Leaving Certificate Examination, 1913
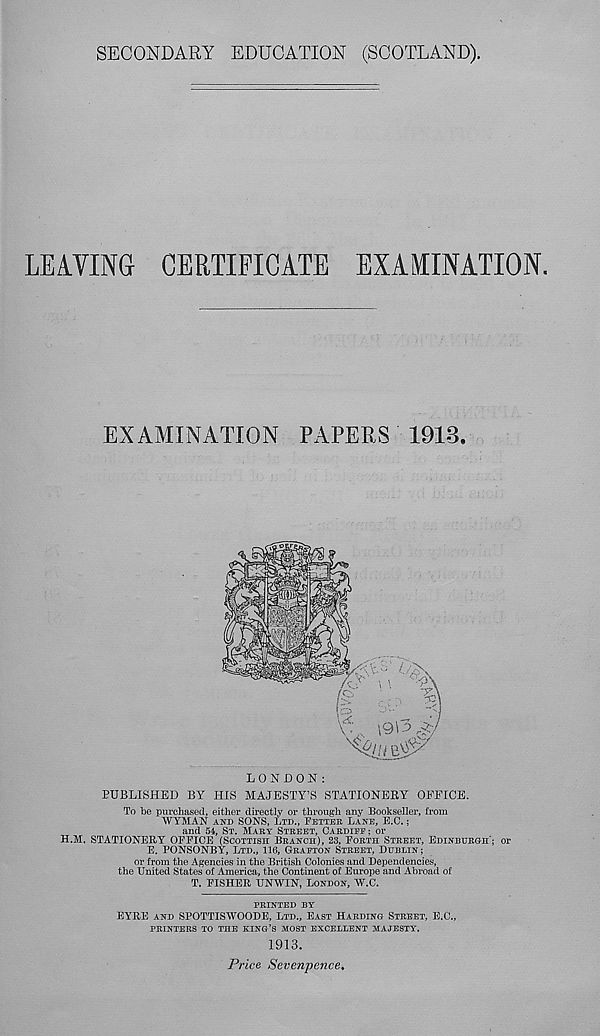
SECONDARY EDUCATION (SCOTLAND),
LEAVING CERTIFICATE EXAMINATION.
EXAMINATION PAPERS 1918.
LONDON:
PUBLISHED BY HIS MAJESTY’S STATIONERY OFFICE.
To be purchased, either directly or through any Bookseller, from
WYMAN AND SONS, LTD., FETTER LANE, E.C.;
and 54, ST. MARY STREET, CARDIFF; or
H.M. STATIONERY OFFICE (SCOTTISH BRANCH), 23, FORTH STREET, EDINBURGH'; or
E. PONSONBY, LTD., 116, GRAFTON STREET, DUBLIN;
or from the Agencies in the British Colonies and Dependencies,
the United States of America, the Continent of Europe and Abroad of
T. FISHER UNWIN, LONDON, W.C.
PRINTED BY
EYRE AND SPOTTISWOODE, LTD., EAST HARDING STREET, E.C.,
PRINTERS TO THE KING’S MOST EXCELLENT MAJESTY.
1913.
Price Sevenpence,